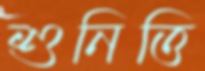
শুনিত্তি